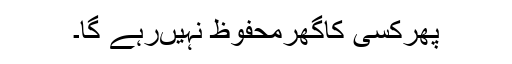
پھرکسی کاگھرمحفوظ نہیںرہے گا۔